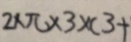
2 \times \pi \times 3 \times ( 3 +